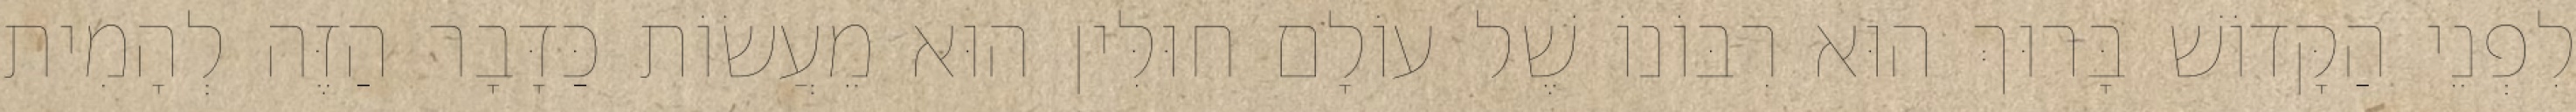
לִפְנֵי הַקָּדוֹשׁ בָּרוּךְ הוּא רִבּוֹנוֹ שֶׁל עוֹלָם חוּלִּין הוּא מֵעֲשׂוֹת כַּדָּבָר הַזֶּה לְהָמִית